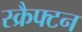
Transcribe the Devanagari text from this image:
स्क्रैफ्टन